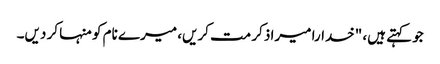
جو کہتے ہیں، "خدارا میرا ذکر مت کریں، میرے نام کو منہا کر دیں۔